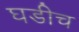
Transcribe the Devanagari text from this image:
घडीच